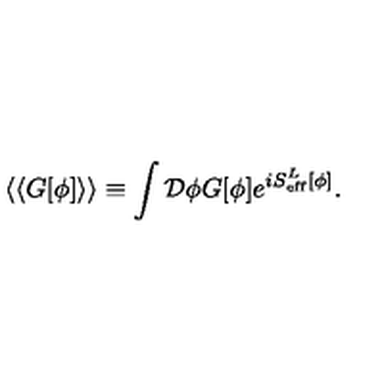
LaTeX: \langle \langle G [ \phi ] \rangle \rangle \equiv \int { \cal D } \phi G [ \phi ] e ^ { i S _ { \mathrm { e f f } } ^ { L } [ \phi ] } .